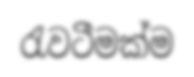
රැවටීමක්ම